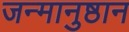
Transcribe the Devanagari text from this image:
जन्मानुष्ठान